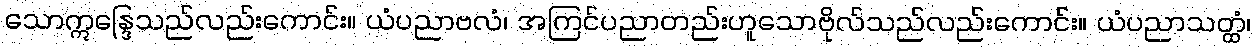
သောဣန္ဒြေသည်လည်းကောင်း။ ယံပညာဗလံ၊ အကြင်ပညာတည်းဟူသောဗိုလ်သည်လည်းကောင်း။ ယံပညာသတ္ထံ၊